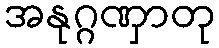
အနုဂ္ဂဏှာတု